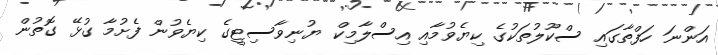
އަންނަ ހަފްތާގައި ސްކޫލުތަކުގެ ކިޔެވުމާއި އިސްލާމިކް ޔުނިވާސިޓީގެ ކިޔެވުން ފެށުމާ ގުޅޭ ގޮތުން